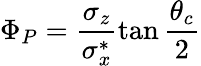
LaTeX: \Phi_{P}=\frac{\sigma_{z}}{\sigma_{x}^{*}}\tan\frac{\theta_{c}}{2}